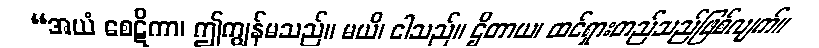
“အယံ စေဋိကာ၊ ဤကျွန်မသည်။ မယိ၊ ငါသည်။ ဌိတာယ၊ ထင်ရှားတည်သည်ဖြစ်လျက်။